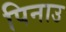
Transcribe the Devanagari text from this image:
पिनाउ